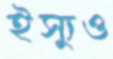
ইস্যুও